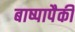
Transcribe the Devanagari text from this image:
बाष्पापैकी